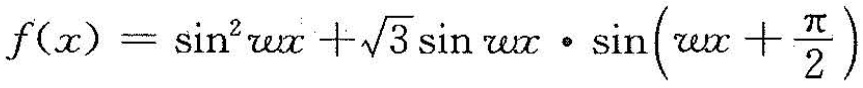
$$f ( x ) = \sin ^ { 2 } \omega x + \sqrt { 3 } \sin \omega x \cdot \sin ( \omega x + \frac { π } { 2 } )$$